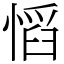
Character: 慆